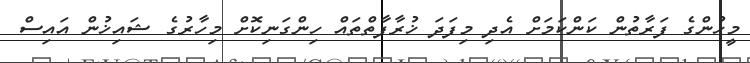
މީހުންގެ ފަރާތުން ކަންކަމަށް އެދި މިފަދަ ޚުރާފާތްތައް ހިންގަނިކޮށް މިހާރުގެ ޝައިޚުން އައިސް